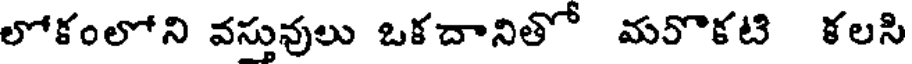
లోకంలోని వస్తువులు ఒకదానితో మరొకటి కలసి